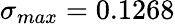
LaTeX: \sigma_{max}=0.1268